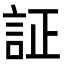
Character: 証